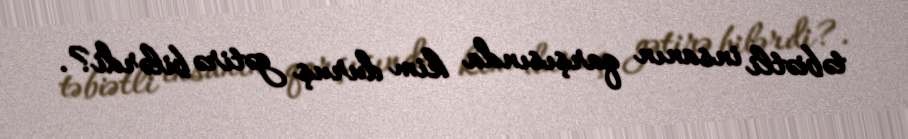
təbiətli insanın qarşısında kim duruş gətirə bilərdi?.